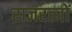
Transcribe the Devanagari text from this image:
राजरत्नों